Report of the Indian Hemp Drugs Commission, 1894-1895 - Volume VIII
Year: 1894
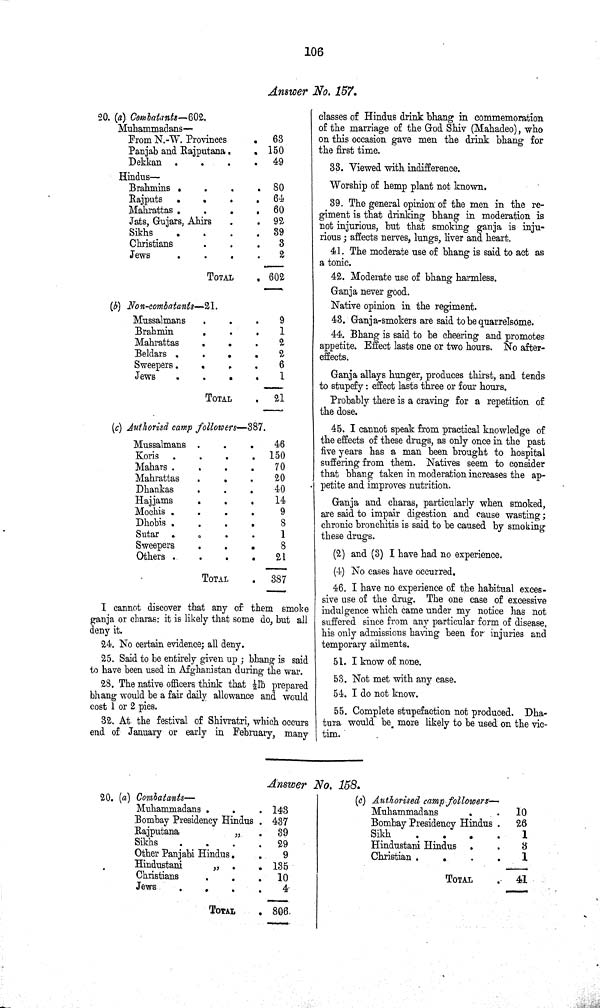
106
Answer No. 157.
20. (a) Combatants—602.
Muhammadans—
From N.-W. Provinces
63
Panjab and Rajputana
150
Dekkan
49
Hindus—
Brahmins
80
Rajputs
64
Mahrattas
60
Jats, Gujars, Ahirs
92
Sikhs
89
Christians
3
Jews
2
TOTAL
602
(b) Non-combatants—21.
Mussalmans
9
Brahmin
1
Mahrattas
2
Beldars
2
Sweepers
6
Jews
1
TOTAL
21
(c) Authorised camp followers — 387.
Mussalmans
46
Koris
150
Mahars
70
Mahrattas
20
Dhankas
40
Hajjams
14
Mochis
9
Dhohis
8
Sutar
1
Sweepers
8
Others
21
TOTAL
387
I cannot discover that any of them smoke
ganja or charas: it is likely that some do, but all
deny it.
24. No certain evidence; all deny.
25. Said to be entirely given up; bhang is said
to have been used in Afghanistan during the war.
28. The native officers think that 1/2lb prepared
bhang would be a fair daily allowance and would
cost 1 or 2 pies.
32. At the festival of Shivratri, which occurs
end of January or early in February, many
classes of Hindus drink bhang in commemoration
of the marriage of the God Shiv (Mahadeo), who
on this occasion gave men the drink bhang for
the first time.
33. Viewed with indifference.
Worship of hemp plant not known.
39. The general opinion of the men in the re-
giment is that drinking bhang in moderation is
not injurious, but that smoking ganja is inju-
rious; affects nerves, lungs, liver and heart.
41. The moderate use of bhang is said to act as
a tonic.
42. Moderate use of bhang harmless.
Ganja never good.
Native opinion in the regiment.
43. Ganja-smokers are said to be quarrelsome.
44. Bhang is said to be cheering and promotes
appetite. Effect lasts one or two hours. No after-
effects.
Ganja allays hunger, produces thirst, and tends
to stupefy: effect lasts three or four hours.
Probably there is a craving for a repetition of
the dose.
45. I cannot speak from practical knowledge of
the effects of these drugs, as only once in the past
five years has a man been brought to hospital
suffering from them. Natives seem to consider
that bhang taken in moderation increases the ap-
petite and improves nutrition.
Ganja and charas, particularly when smoked,
are said to impair digestion and cause wasting;
chronic bronchitis is said to be caused by smoking
these drugs.
(2) and (3) I have had no experience.
(4) No cases have occurred.
46. I have no experience of the habitual exces-
sive use of the drug. The one case of excessive
indulgence which came under my notice has not
suffered since from any particular form of disease,
his only admissions having been for injuries and
temporary ailments.
51. I know of none.
53. Not met with any case.
54. I do not know.
55. Complete stupefaction not produced. Dha-
tura would be more likely to be used on the vic-
tim.
Answer No. 158.
20. (a) Combatants—
Muhammadans
143
Bombay Presidency Hindus
437
Rajputana
"
39
Sikhs
29
Other Panjabi Hindus
9
Hindustani
"
135
Christians
10
Jews
4
TOTAL
806
(c) Authorised camp followers—
Muhammadans
10
Bombay Presidency Hindus
26
Sikh
1
Hindustani Hindus
8
Christian
1
TOTAL
41